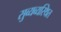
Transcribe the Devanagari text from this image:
सुव्यव्यस्थित